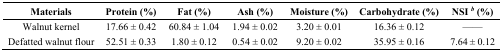
| Materials | Protein (%) | Fat (%) | Ash (%) | Moisture (%) | Carbohydrate (%) | NSI b (%) |
 | --- | --- | --- | --- | --- | --- | --- |
 | Walnut kernel | 17.66 ± 0.42 | 60.84 ± 1.04 | 1.94 ± 0.02 | 3.20 ± 0.01 | 16.36 ± 0.12 | —— |
 | Defatted walnut flour | 52.51 ± 0.33 | 1.80 ± 0.12 | 0.54 ± 0.02 | 9.20 ± 0.02 | 35.95 ± 0.16 | 7.64 ± 0.12 |